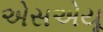
એસએયૂ